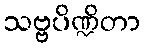
သဗ္ဗပိဏ္ဍိတာ